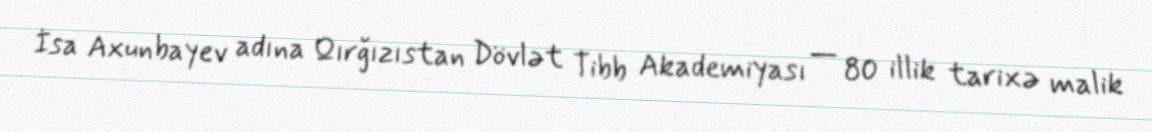
İsa Axunbayev adına Qırğızıstan Dövlət Tibb Akademiyası — 80 illik tarixə malik